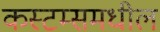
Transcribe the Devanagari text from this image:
कस्टम्समधील